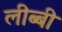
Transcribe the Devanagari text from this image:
लीब्बी